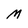
Character: M